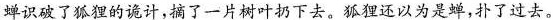
”蝉识破了狐狸的诡计，摘了一片树叶扔下去。狐狸还以为是蝉，扑了过去。